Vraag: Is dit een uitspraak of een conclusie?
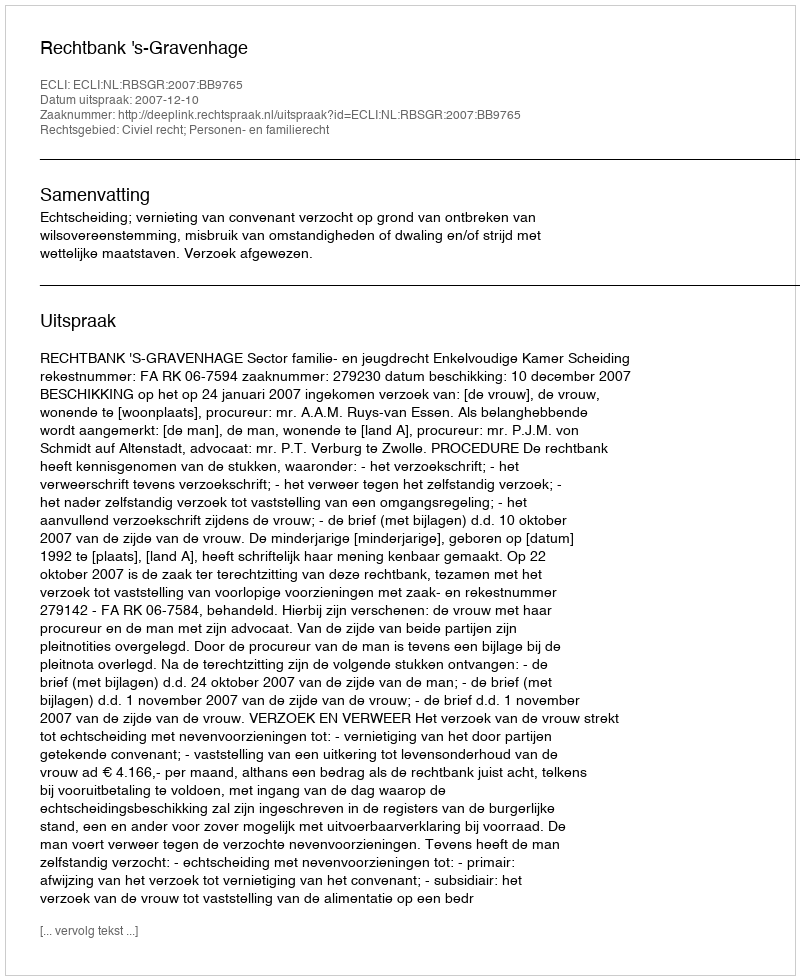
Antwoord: Uitspraak